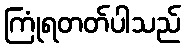
ကြုံရတတ်ပါသည်